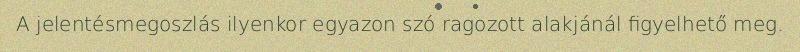
A jelentésmegoszlás ilyenkor egyazon szó ragozott alakjánál figyelhető meg.